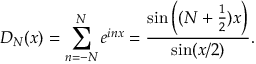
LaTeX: D _ { N } ( x ) = \sum _ { n = - N } ^ { N } e ^ { i n x } = { \frac { \sin \left( ( N + { \frac { 1 } { 2 } } ) x \right) } { \sin ( x / 2 ) } } .